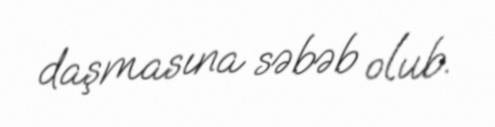
daşmasına səbəb olub.